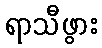
ရာသီဖွား